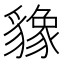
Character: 𬥌